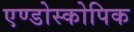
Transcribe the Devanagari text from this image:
एण्डोस्कोपिक